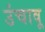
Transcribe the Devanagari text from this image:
उंचावू